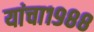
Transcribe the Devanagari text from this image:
यांचा१९८८